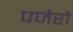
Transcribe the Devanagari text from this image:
पजेरो